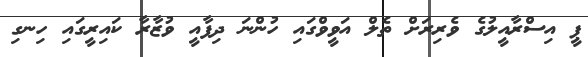
ޕީ އިސްރާއީލުގެ ވެރިރަށް ތެލް އަވީވްގައި ހުންނަ ދިފާއީ ވުޒާރާ ކައިރީގައި ހިނގި